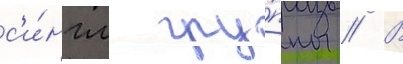
с'и́нгл гру́ппы // В